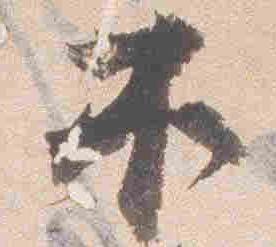
不